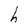
Character: h